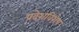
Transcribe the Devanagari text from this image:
प्रदेशविशेष